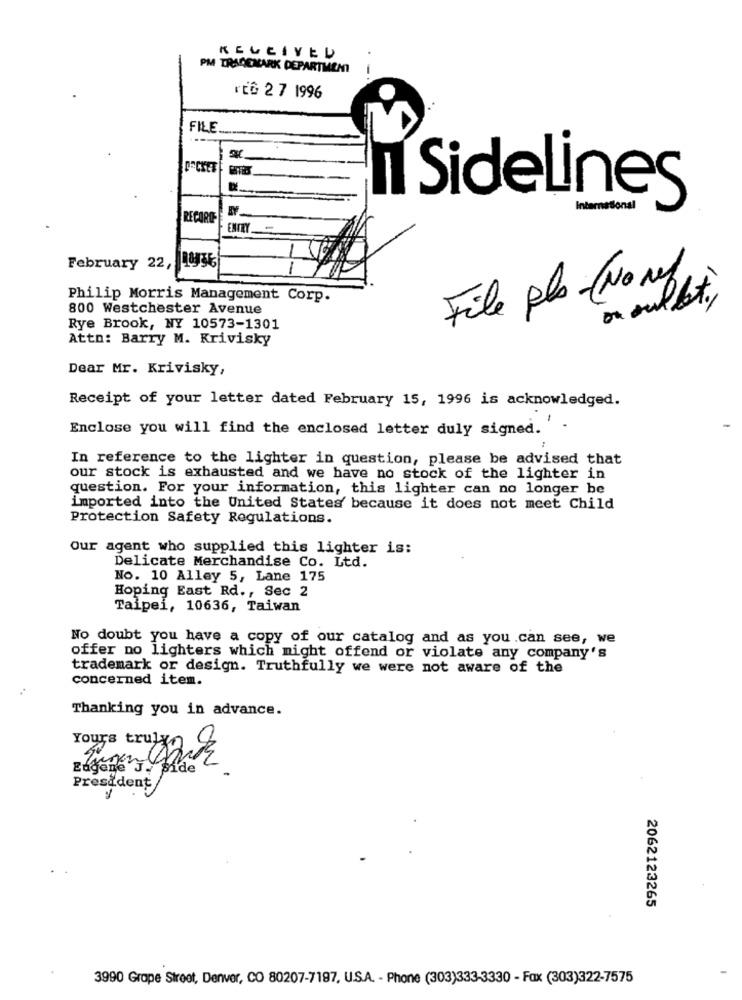
PM TRADEMARK DEPARTMENT
rEG 27 1996
FILE ......
POCKET
Il Sidelines
International
RECORD
ENTRY
February 22,
File pla - (No re)
Philip Morris Management Corp.
on sullet .,
800 Westchester Avenue
Rye Brook, NY 10573-1301
Attn: Barry M. Krivisky
Dear Mr. Krivisky,
Receipt of your letter dated February 15, 1996 is acknowledged.
Enclose you will find the enclosed letter duly signed.
1
In reference to the lighter in question, please be advised that
our stock is exhausted and we have no stock of the lighter in
question. For your information, this lighter can no longer be
imported into the United States because it does not meet Child
Protection Safety Regulations.
Our agent who supplied this lighter is:
Delicate Merchandise Co. Ltd.
No. 10 Alley 5, Lane 175
Hoping East Rd ., Sec 2
Taipei, 10636, Taiwan
No doubt you have a copy of our catalog and as you can see, we
offer no lighters which might offend or violate any company's
trademark or design. Truthfully we were not aware of the
concerned item.
Thanking you in advance.
Yours truly
Edgene J. side
President
2062123265
3990 Grope Street, Denver, CO 80207-7197, U.S.A. - Phone (303)333-3330 - Fax (303)322-7575